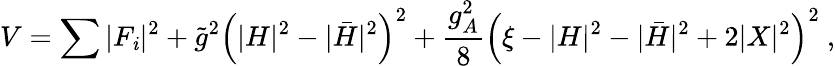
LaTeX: V=\sum|F_{\mathit{i}}|^{2}+\tilde{{g}}^{2}\left(|H|^{2}-|\bar{{H}}|^{2}\right)^{2}+\frac{{g_{A}^{2}}}{{8}}\left(\xi-|H|^{2}-|\bar{{H}}|^{2}+2|X|^{2}\right)^{2}~,